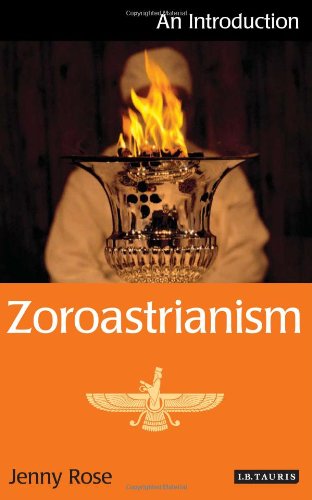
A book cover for Zoroastrianism: An Introduction (I.B.Tauris Introductions to Religion); Jenny Rose; Religion & Spirituality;